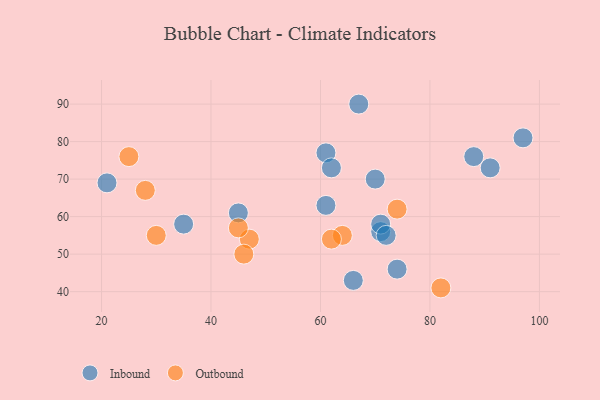
{"axis": {"x": "GDP", "y": "Life Expectancy"}, "legend": ["Inbound", "Outbound"], "data": [{"x": "61", "y": 77, "type": "Inbound"}, {"x": "74", "y": 46, "type": "Inbound"}, {"x": "88", "y": 76, "type": "Inbound"}, {"x": "71", "y": 56, "type": "Inbound"}, {"x": "66", "y": 43, "type": "Inbound"}, {"x": "71", "y": 58, "type": "Inbound"}, {"x": "72", "y": 55, "type": "Inbound"}, {"x": "67", "y": 90, "type": "Inbound"}, {"x": "21", "y": 69, "type": "Inbound"}, {"x": "91", "y": 73, "type": "Inbound"}, {"x": "45", "y": 61, "type": "Inbound"}, {"x": "61", "y": 63, "type": "Inbound"}, {"x": "35", "y": 58, "type": "Inbound"}, {"x": "70", "y": 70, "type": "Inbound"}, {"x": "62", "y": 73, "type": "Inbound"}, {"x": "97", "y": 81, "type": "Inbound"}, {"x": "30", "y": 55, "type": "Outbound"}, {"x": "47", "y": 54, "type": "Outbound"}, {"x": "25", "y": 76, "type": "Outbound"}, {"x": "46", "y": 50, "type": "Outbound"}, {"x": "64", "y": 55, "type": "Outbound"}, {"x": "62", "y": 54, "type": "Outbound"}, {"x": "82", "y": 41, "type": "Outbound"}, {"x": "74", "y": 62, "type": "Outbound"}, {"x": "28", "y": 67, "type": "Outbound"}, {"x": "45", "y": 57, "type": "Outbound"}]}